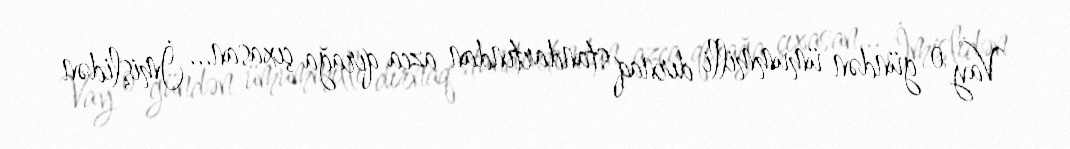
Vay o gündən ümummilli dırnaq standartından azca qırağa çıxasan... İmişlidən